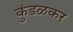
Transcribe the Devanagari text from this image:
कुंडळकर